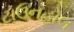
ટાઉનહોલ